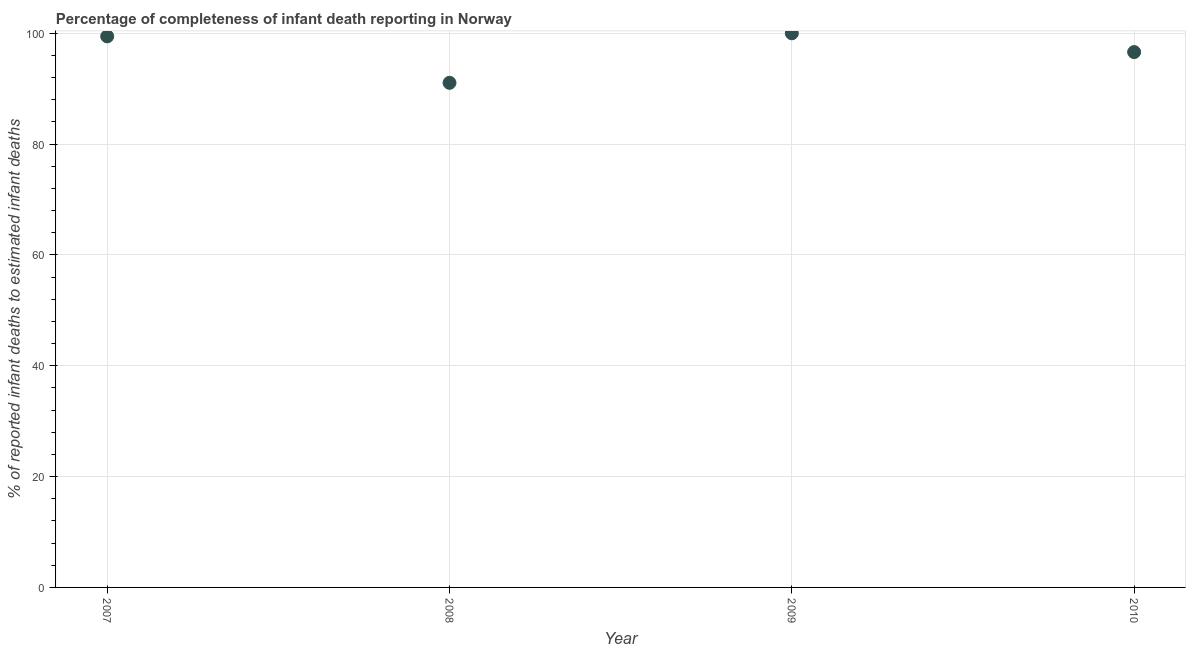
| Year | Completeness of infant death reporting |
 | --- | --- |
 | 2007 | 99.4 |
 | 2008 | 91.1 |
 | 2009 | 100 |
 | 2010 | 96.6 |